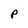
Character: P